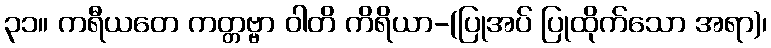
၃၁။ ကရီယတေ ကတ္တဗ္ဗာ ဝါတိ ကိရိယာ-(ပြုအပ် ပြုထိုက်သော အရာ)၊